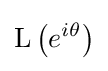
\operatorname {L} \left(e^{i\theta }\right)